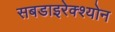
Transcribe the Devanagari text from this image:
सबडाइरेक्श्योन